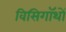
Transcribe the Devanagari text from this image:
विसिगॉथों